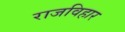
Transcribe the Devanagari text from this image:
राजविहार